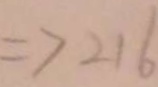
\Rightarrow 2 1 6